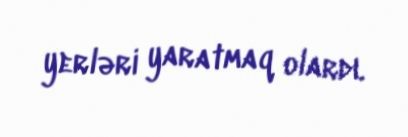
yerləri yaratmaq olardı.